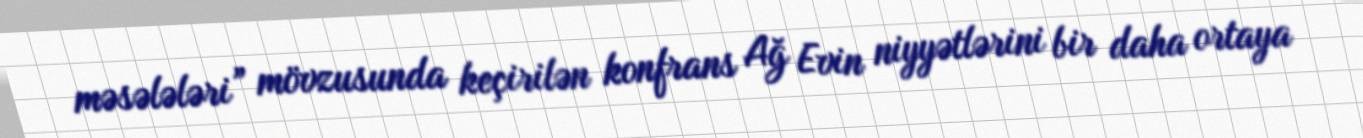
məsələləri” mövzusunda keçirilən konfrans Ağ Evin niyyətlərini bir daha ortaya